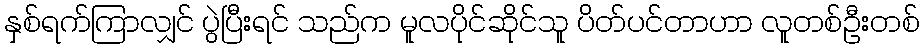
နှစ်ရက်ကြာလျှင် ပွဲပြီးရင် သည်က မူလပိုင်ဆိုင်သူ ပိတ်ပင်တာဟာ လူတစ်ဦးတစ်